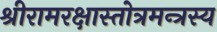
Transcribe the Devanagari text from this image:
श्रीरामरक्षास्तोत्रमन्त्रस्य